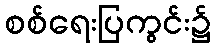
စစ်ရေးပြကွင်း၌